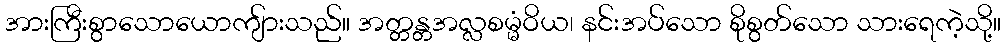
အားကြီးစွာသောယောကျ်ားသည်။ အတ္တန္တအလ္လစမ္မံဝိယ၊ နင်းအပ်သော စိုစွတ်သော သားရေကဲ့သို့။